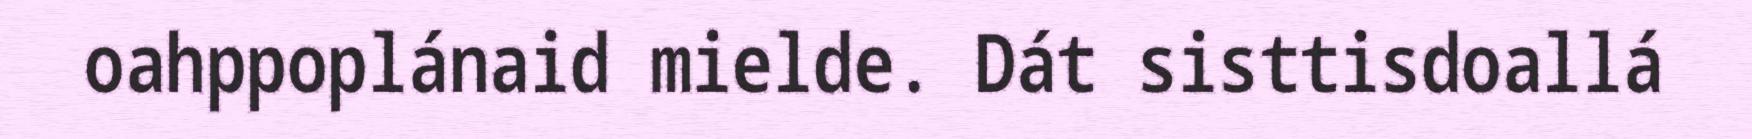
oahppoplánaid mielde. Dát sisttisdoallá